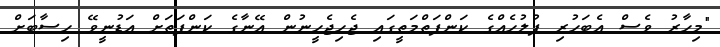
"މިހާރު ވެސް އެބަހުރި ފުލުހެއްގެ ކަންފަތްމަތީގައި ޖެހިޖެހީނުން އޭނާގެ ކަންފަތަށް އަޑުނީވޭ ހިސާބަށް